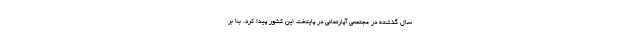
سال گذشته در مجتمعی آپارتمانی در پایتخت این کشور پیدا کرد. بنا بر